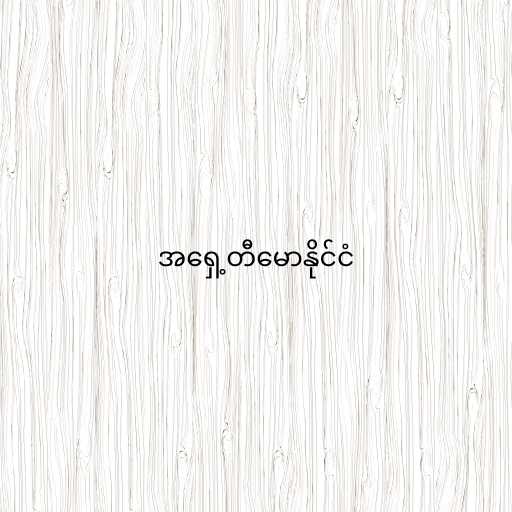
အရှေ့တီမောနိုင်ငံ